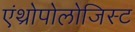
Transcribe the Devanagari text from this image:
एंथ्रोपोलोजिस्ट